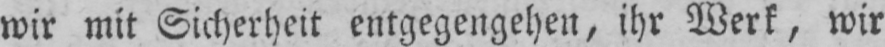
wir mit Sicherheit entgegengehen, ihr Werk, wir